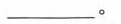
___。